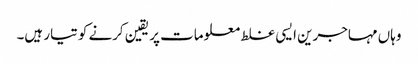
وہاں مہاجرین ایسی غلط معلومات پر یقین کرنے کو تیار ہیں۔